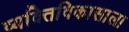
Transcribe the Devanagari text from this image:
व्यक्तिविकासाला